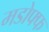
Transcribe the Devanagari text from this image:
मडोफ्फ